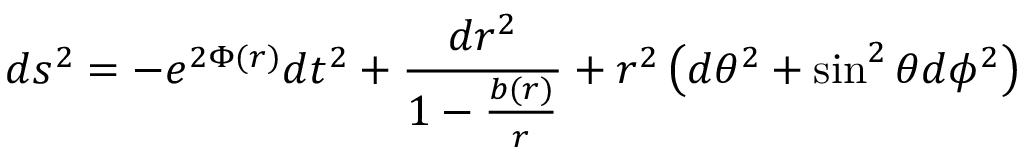
d s ^ { 2 } = - e ^ { 2 \Phi ( r ) } d t ^ { 2 } + \frac { d r ^ { 2 } } { 1 - \frac { b ( r ) } { r } } + r ^ { 2 } \left( d \theta ^ { 2 } + \sin ^ { 2 } \theta d \phi ^ { 2 } \right)